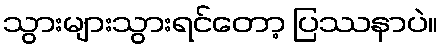
သွားများသွားရင်တော့ ပြဿနာပဲ။